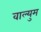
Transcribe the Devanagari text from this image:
वाल्युम